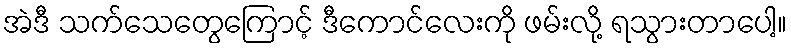
အဲဒီ သက်သေတွေကြောင့် ဒီကောင်လေးကို ဖမ်းလို့ ရသွားတာပေါ့။